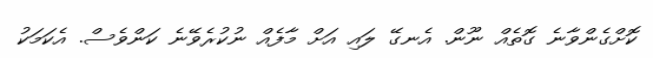
ކޮށްގެންވާނެ ގޮތެއް ނޫން. އެނގޭ ލައި އަށް މާފެއް ނުކުރެވޭނެ ކަންވެސް. އެކަމަކު